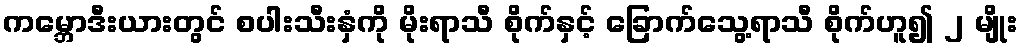
ကမ္ဘောဒီးယားတွင် စပါးသီးနှံကို မိုးရာသီ စိုက်နှင့် ခြောက်သွေ့ရာသီ စိုက်ဟူ၍ ၂ မျိုး